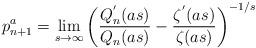
LaTeX: \begin{align*}p_{n+1}^{a}=\lim_{s\to\infty} \left(\frac{Q_n^{'}(as)}{Q_n(as)}-\frac{\zeta^{'}(as)}{\zeta(as)}\right)^{-1/s}\end{align*}